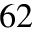
^ { 6 2 }